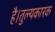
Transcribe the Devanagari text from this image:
है।तुल्यकारक